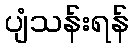
ပျံသန်းရန်